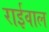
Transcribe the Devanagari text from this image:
राईवाल